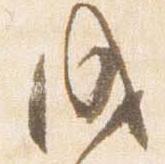
成